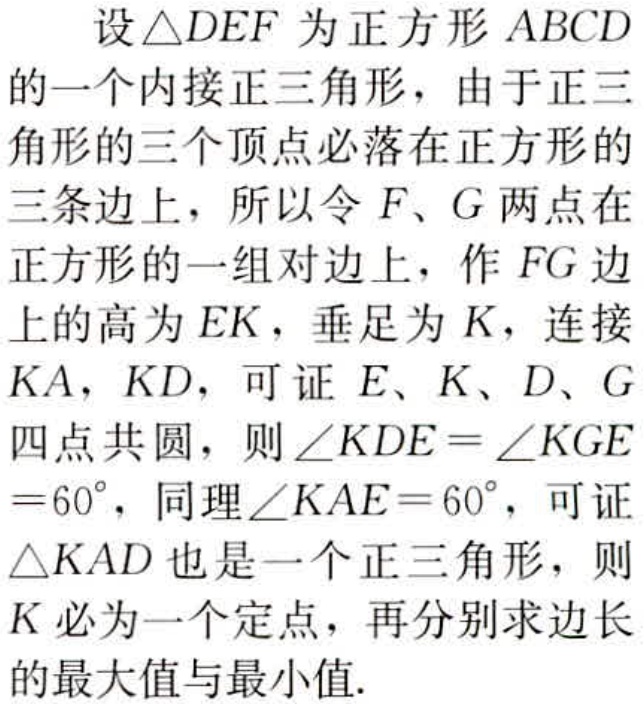
设\(\triangle DEF\)为正方形\(ABCD\)的一个内接正三角形，由于正三角形的三个顶点必落在正方形的三条边上，所以令\(F、G\)两点在正方形的一组对边上，作\(FG\)边上的高为\(EK\)，垂足为\(K\)，连接\(KA，KD\)，可证\(E、K、D、G\)四点共圆，则\(\angle KDE = \angle KGE=60^{\circ}\)，同理\(\angle KAE = 60^{\circ}\)，可证\(\triangle KAD\)也是一个正三角形，则\(K\)必为一个定点，再分别求边长的最大值与最小值.